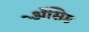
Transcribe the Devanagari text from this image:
ॲेसिड